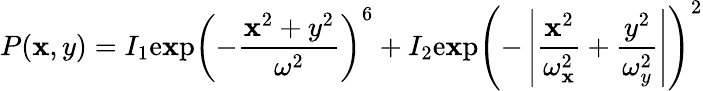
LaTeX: P(\mathbf{x},y)=I_{1}\mathrm{{e\mathbf{x}p}}\left(-\frac{{\mathbf{x}^{2}+y^{2}}}{{\omega^{2}}}\right)^{6}+I_{2}\mathrm{{e\mathbf{x}p}}\left(-\left|\frac{{\mathbf{x}^{2}}}{{\omega_{\mathbf{x}}^{2}}}+\frac{{y^{2}}}{{\omega_{y}^{2}}}\right|\right)^{2}